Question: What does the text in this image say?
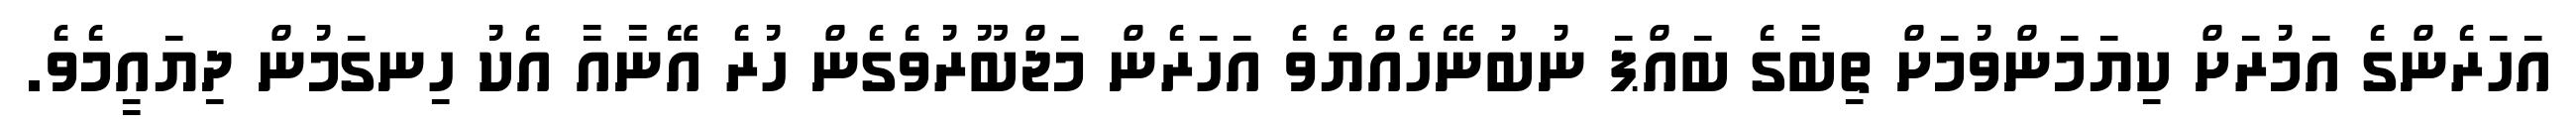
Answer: އަހަރެންގެ އަމުރަށް ކިޔަމަންވުމަށް ތިބާގެ ބައްޕަ ނުބުނޭހެއްޔެވެ އަހަރެން މަޖްބޫރުވެގެން ހުރެ އޭނާއާ އެކު ހިނގަމުން ދިޔައީމެވެ.